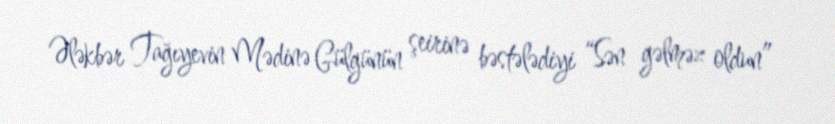
Ələkbər Tağıyevin Mədinə Gülgünün şeirinə bəstələdiyi “Sən gəlməz oldun”